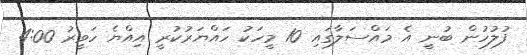
ފުލުހުން ބުނީ އެ މައްސަލާގައި 10 މީހަކު ހައްޔަރުކުރީ އިއްޔެ ހަވީރު 4:00